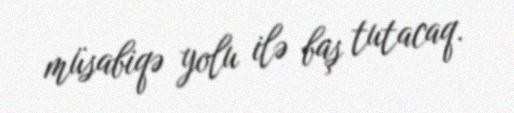
müsabiqə yolu ilə baş tutacaq.